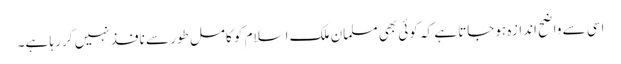
اسی سے واضح اندازہ ہوجاتا ہے کہ کوئی بھی مسلمان ملک اسلام کو کامل طور سے نافذ نہیں کر رہا ہے۔